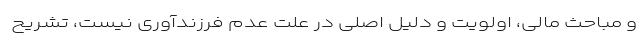
و مباحث مالی، اولویت و دلیل اصلی در علت عدم فرزندآوری نیست، تشریح